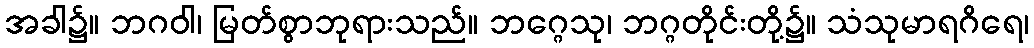
အခါ၌။ ဘဂဝါ၊ မြတ်စွာဘုရားသည်။ ဘဂ္ဂေသု၊ ဘဂ္ဂတိုင်းတို့၌။ သံသုမာရဂိရေ၊